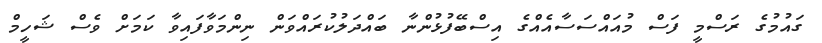
ގައުމުގެ ރަސްމީ ފަސް މުއައްސަސާއެއްގެ އިސްބޭފުޅުންނާ ބައްދަލުކުރައްވަން ނިންމަވާފައިވާ ކަމަށް ވެސް ޝަހީމް